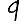
Digit: 9